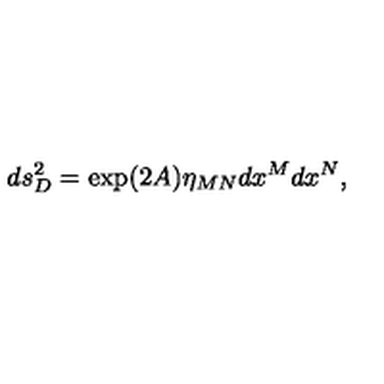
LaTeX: d s _ { D } ^ { 2 } = \exp ( 2 A ) \eta _ { M N } d x ^ { M } d x ^ { N } ,